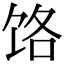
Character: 饹